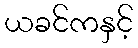
ယခင်ကနှင့်